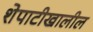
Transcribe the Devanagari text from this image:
शेपाटीखालील